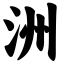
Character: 洲